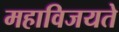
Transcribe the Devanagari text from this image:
महाविजयते